Indian journal of veterinary science and animal husbandry - Volumes 18-21, 1948-1951
Year: 1948
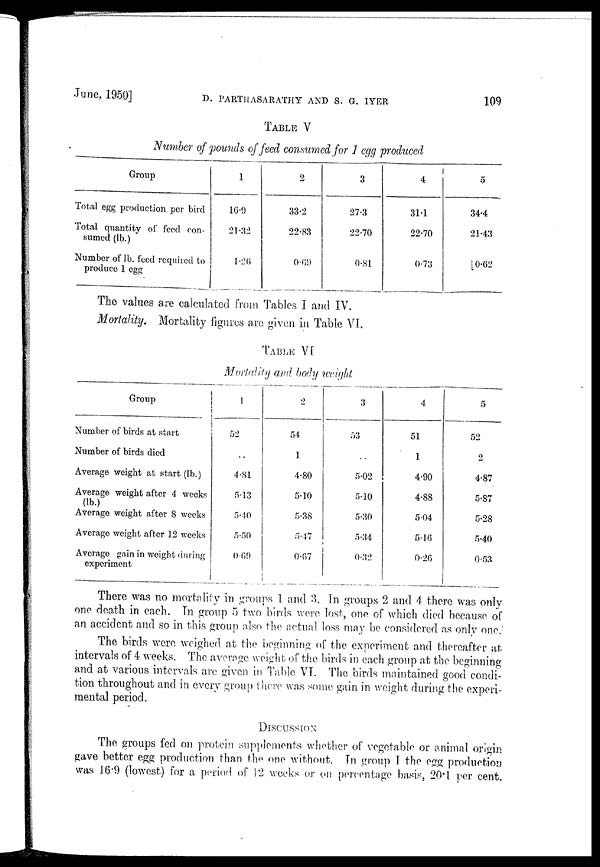
June, 1950]
D.
PARTHASARATHY
AND
S.
G.
IYER
109
TABLE V
Number of pounds of feed consumed for 1 egg produced
Group
Total egg production per bird
Total quantity of feed con-
sumed (lb.)
Number of lb. feed required to
produce 1 egg
1
16.9
21.32
1.26
2
33.2
22.83
0.69
3
27.3
22.70
0.81
4
31.1
22.70
0.73
5
34.4
21.43
0.62
The values are calculated from Tables I and IV.
Mortality. Mortality figures are given in Table VI.
TABLE VI
Mortality and body weight
Group
Number of birds at start
Number of birds died
Average weight at start (lb.)
Average weight after 4 weeks
(lb.)
Average weight after 8 weeks
Average weight after 12 weeks
Average gain in weight during
experiment
1
52
..
4.81
5.13
5.40
5.50
0.69
2
54
1
4.80
5.10
5.38
5.47
0.67
3
53
..
5.02
5.10
5.30
5.34
0.32
4
51
1
4.90
4.88
5.04
5.16
0.26
5
52
2
4.87
5.87
5.28
5.40
0.53
There was no mortality in groups 1 and 3. In groups 2 and 4 there was only
one death in each. In group 5 two birds were lost, one of which died because of
an accident and so in this group also the actual loss may be considered as only one.
The birds were weighed at the beginning of the experiment and thereafter at
intervals of 4 weeks. The average weight of the birds in each group at the beginning
and at various intervals are given in Table VI. The birds maintained good condi-
tion throughout and in every group there was some gain in weight during the experi-
mental period.
DISCUSSION
The groups fed on protein supplements whether of vegetable or animal origin
gave better egg production than the one without. In group I the egg production
was 16.9 (lowest) for a period of 12 weeks or on percentage basis, 20.1 per cent.